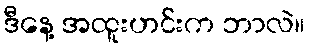
ဒီနေ့ အထူးဟင်းက ဘာလဲ။